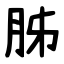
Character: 胏